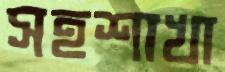
সহশাখা